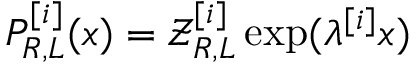
P _ { R , L } ^ { [ i ] } ( x ) = \mathcal { Z } _ { R , L } ^ { [ i ] } \exp ( \lambda ^ { [ i ] } x )